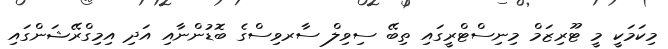
މިކަމަކީ މީ ޓޫރިޒަމް މިނިސްޓްރީގައި ތިބޭ ސިވިލް ސާރވިސްގެ ބޮޑުންނާއި އަދި އިމިގްރޭޝަންގައި